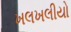
ખલખલીયો